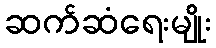
ဆက်ဆံရေးမျိုး